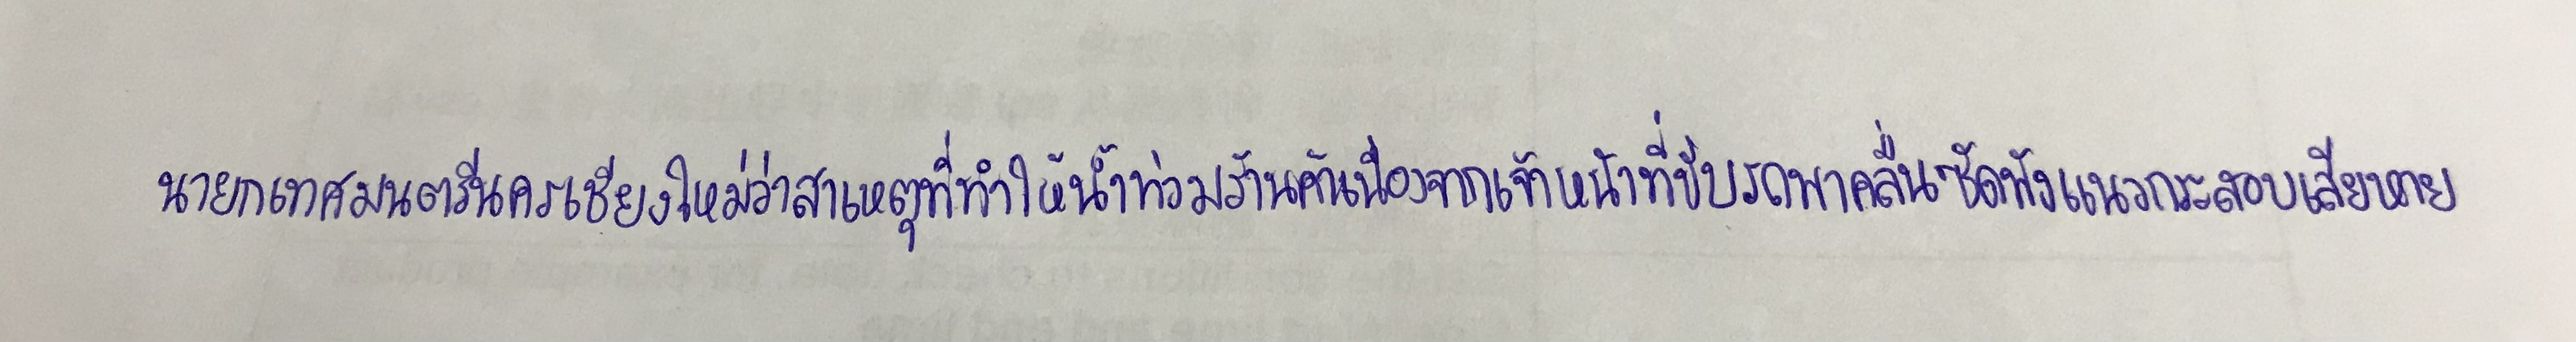
นายกเทศมนตรีนครเชียงใหม่ว่าสาเหตุที่ทำให้น้ำท่วมร้านค้าเนื่องจากเจ้าหน้าที่ขับรถพาคลื่นซัดพังแนวกระสอบทรายเสียหาย